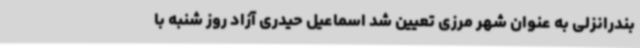
بندرانزلی به عنوان شهر مرزی تعیین شد اسماعیل حیدری آزاد روز شنبه با